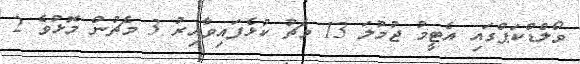
ވޯލްޑްކަޕްގައި އެޓީމު ޖުމުލަ 13 މެޗު ކުޅެފައިވާއިރު 3 މެޗުން މޮޅުވެ 2